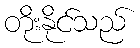
တိုးနိုင်သည်